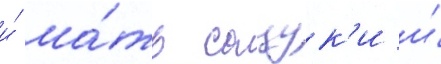
и́ ма́ть сацук'и и́